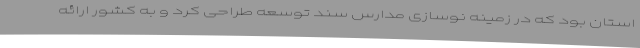
استان بود که در زمینه نوسازی مدارس سند توسعه طراحی کرد و به کشور ارائه